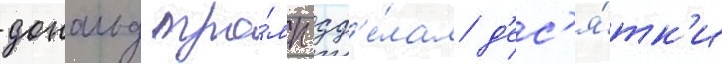
дональд тра́мп сд'е́лал д'ес'я́тк'и